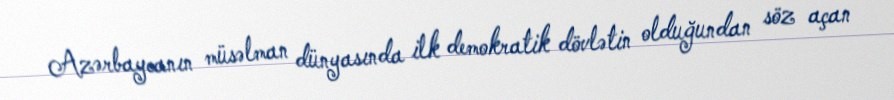
Azərbaycanın müsəlman dünyasında ilk demokratik dövlətin olduğundan söz açan